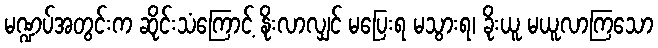
မဏ္ဍပ်အတွင်းက ဆိုင်းသံကြောင့် နိုးလာလျှင် မပြေးရ မသွားရ၊ ခိုးယူ မယူလာကြသော